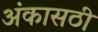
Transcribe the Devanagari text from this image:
अंकासठी